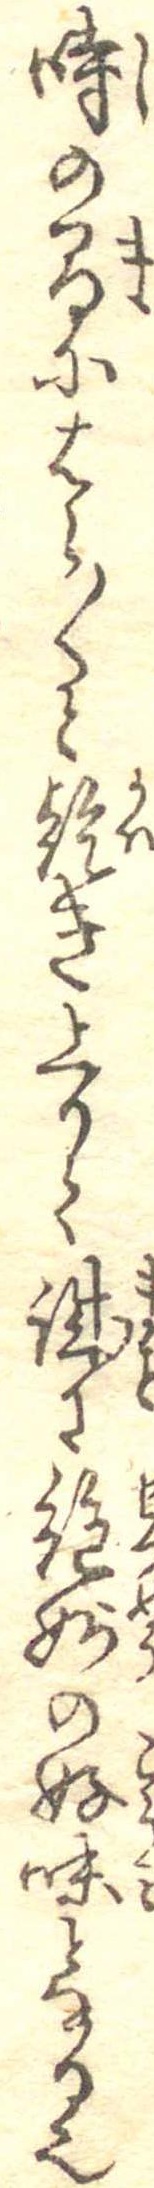
時の間にはら〱と乾き上りて誠に絶妙の好味となる也